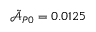
\tilde { \mathcal { A } } _ { P 0 } = 0 . 0 1 2 5